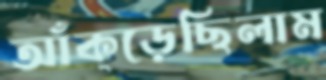
আঁক্‌ড়েছিলাম